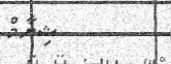
ޝިޔާމް